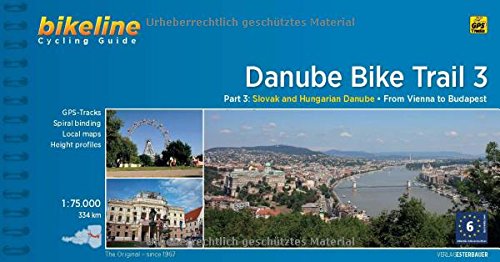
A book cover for Danube Bike Trail #3 (Cycline Cycling Guides); Verlag Esterbauer GmbH; Travel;